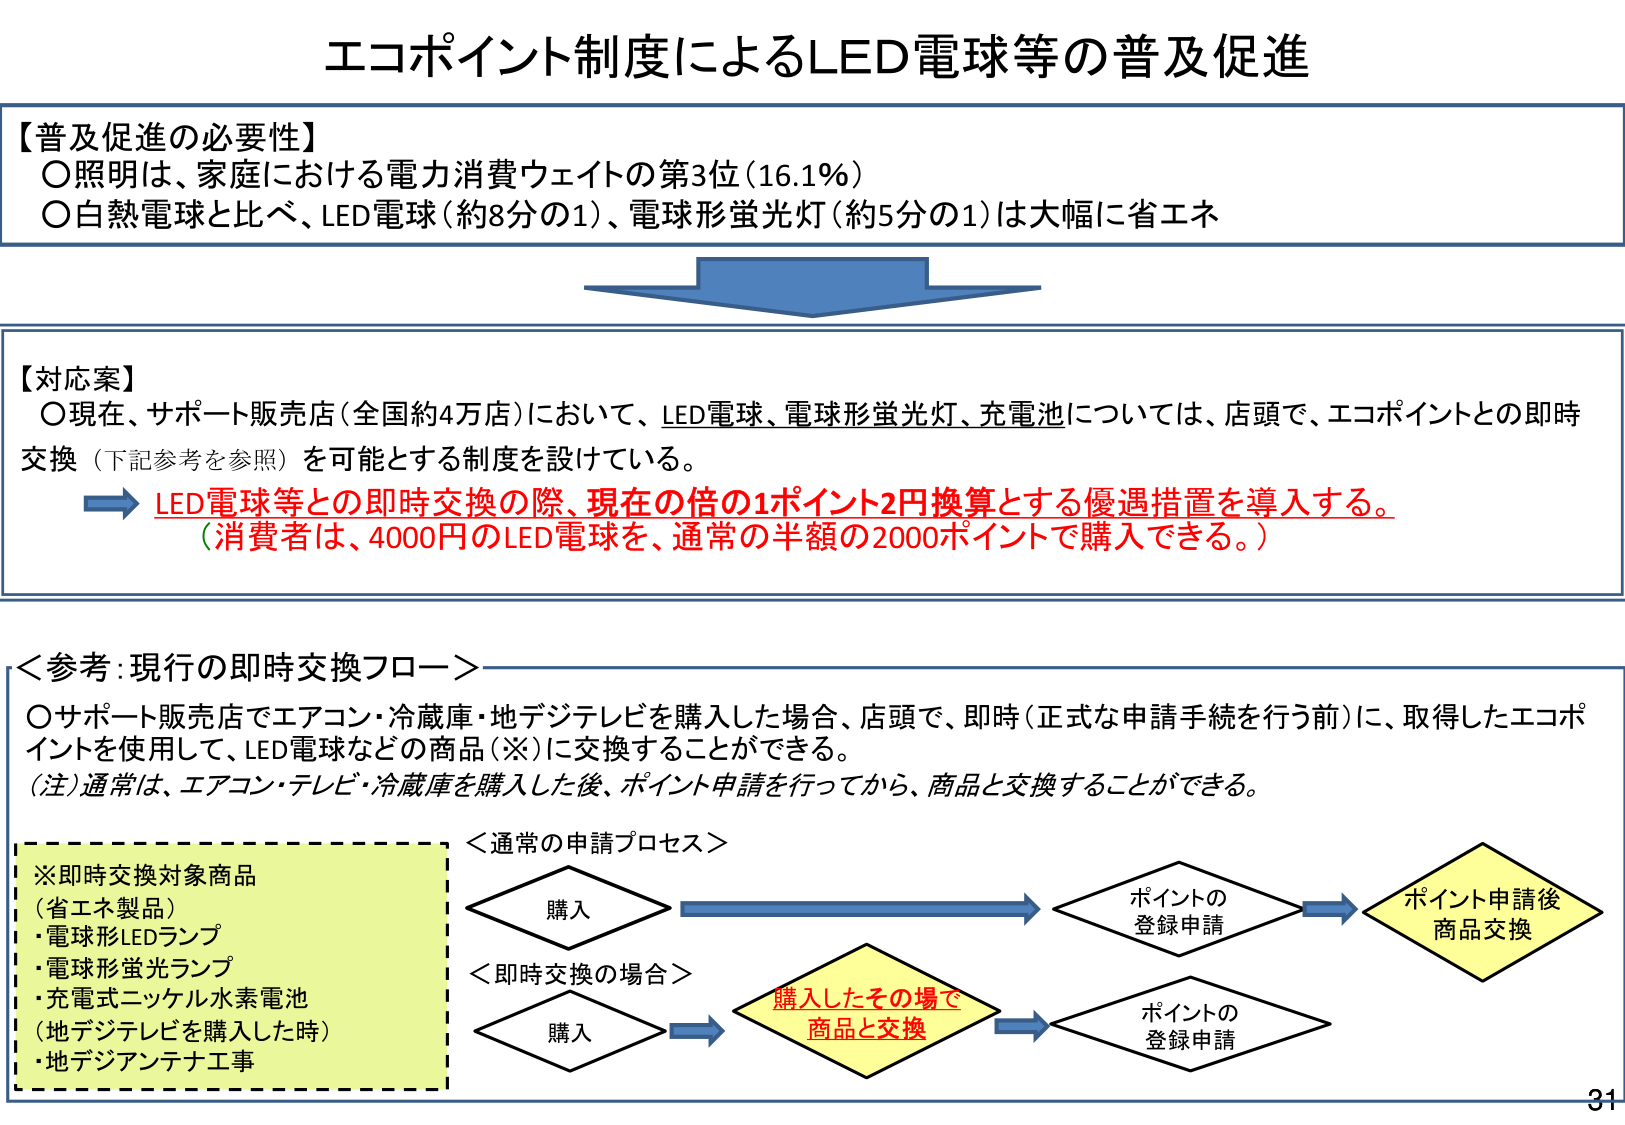
エコポイント制度によるLED電球等の普及促進

【普及促進の必要性】
○照明は、家庭における電力消費ウェイトの第3位（16.1％）
○白熱電球と比べ、LED電球（約8分の1）、電球形蛍光灯（約5分の1）は大幅に省エネ

【対応案】
○現在、サポート販売店（全国約4万店）において、LED電球、電球形蛍光灯、充電池については、店頭で、エコポイントとの即時交換（下記参考を参照）を可能とする制度を設けている。
→ LED電球等との即時交換の際、現在の倍の1ポイント2円換算とする優遇措置を導入する。
（消費者は、4000円のLED電球を、通常の半額の2000ポイントで購入できる。）

＜参考：現行の即時交換フロー＞
○サポート販売店でエアコン・冷蔵庫・地デジテレビを購入した場合、店頭で、即時（正式な申請手続を行う前）に、取得したエコポイントを使用して、LED電球などの商品（※）に交換することができる。
（注）通常は、エアコン・テレビ・冷蔵庫を購入した後、ポイント申請を行ってから、商品と交換することができる。

※即時交換対象商品
（省エネ製品）
・電球形LEDランプ
・電球形蛍光ランプ
・充電式ニッケル水素電池
（地デジテレビを購入した時）
・地デジアンテナ工事

＜通常の申請プロセス＞
購入 → ポイントの登録申請 → ポイント申請後商品交換

＜即時交換の場合＞
購入 → 購入したその場で商品と交換 → ポイントの登録申請

31